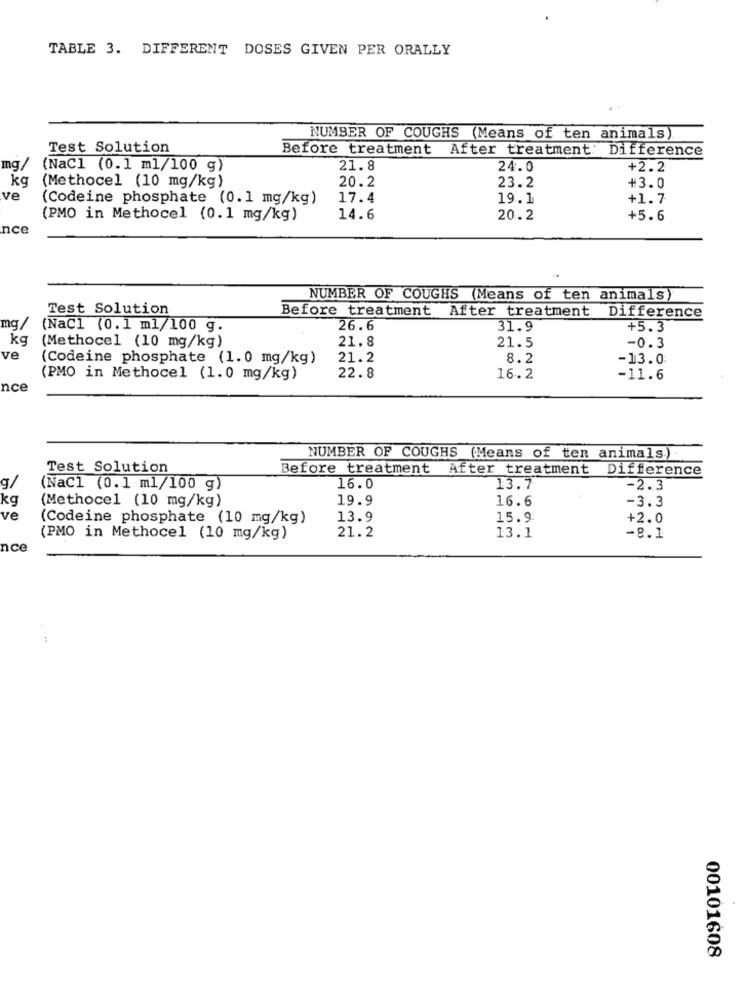
TABLE 3. DIFFERENT DOSES GIVEN PER ORALLY
NUMBER OF COUGHS (Means of ten animals).
Test Solution
Before treatment After treatment: Difference
mg/
(NaCl (0.1 ml/100 g)
21.8
24.0
+2.2
kg
20.2
(Methocel (10 mg/kg)
23.2
+3.0
ve
(Codeine phosphate (0.1 mg/kg)
17.4
19.1
+1.7
(PMO in Methocel (0.1 mg/kg)
14.6
20.2
+5.6
nce
NUMBER OF COUGHS (Means of ten animals)
Test Solution
Before treatment After treatment Difference
mg /
(NaCl (0.1 ml/100 g.
26.6
31.9
+5.3
kg
(Methocel (10 mg/kg)
21.8
21.5
-0.3
ve
(Codeine phosphate (1.0 mg/kg)
21.2
8.2
-13.0
(PMO in Methocel (1.0 mg/kg)
22.8
16.2
-11.6
nce
NUMBER OF COUGHS (Means of ten animals).
Test Solution
Before treatment After treatment Difference
g/
(NaC1 (0.1 ml/100 g)
16.0
13.7
-2.3
kg
(Methocel (10 mg/kg)
19.9
16.6
-3.3
ve
(Codeine phosphate (10 mg/kg)
13.9
15.9
+2.0
21.2
13.1
(PMO in Methocel (10 mg/kg)
-8.1
nce
00101608